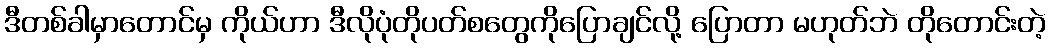
ဒီတစ်ခါမှာတောင်မှ ကိုယ်ဟာ ဒီလိုပုံတိုပတ်စတွေကိုပြောချင်လို့ ပြောတာ မဟုတ်ဘဲ တိုတောင်းတဲ့